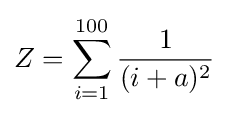
Z=\sum _{i=1}^{100}{1 \over (i+a)^{2}}